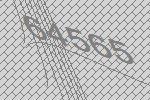
64565